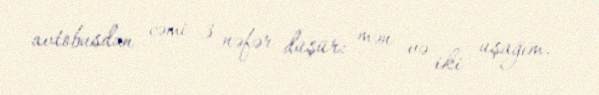
avtobusdan cəmi 3 nəfər düşür: mən və iki uşağım.